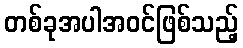
တစ်ခုအပါအဝင်ဖြစ်သည့်